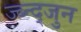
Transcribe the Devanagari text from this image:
ज्ब्न्द्जुन